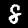
Label: 8